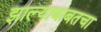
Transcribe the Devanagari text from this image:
झाल्याबाबतचा